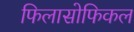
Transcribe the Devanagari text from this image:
फिलासोफिकल